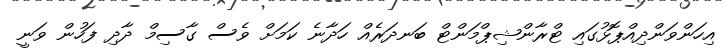
އިހަންވަންދިއްޕޮޅުގައި ޓްރާންޝިޕްމަންޓް ބަނދަރެއް ހަދާނެ ކަމަށް ވެސް ގާސިމް ދާދި ފަހުން ވަނީ